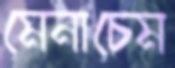
মেনাচেম